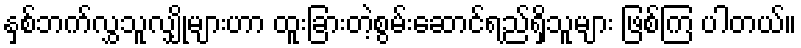
နှစ်ဘက်လွှသူလျှိုများဟာ ထူးခြားတဲ့စွမ်းဆောင်ရည်ရှိသူများ ဖြစ်ကြ ပါတယ်။